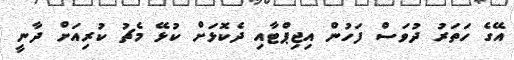
އޭގެ ހަތަރު ދުވަސް ފަހުން އިޖިޕްޓާއި ދެކޮޅަށް ކުޅޭ މެޗު ކުރިއަށް ދާނީ